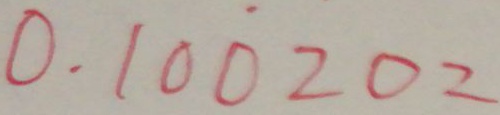
0 . 1 0 \dot { 0 } 2 0 2